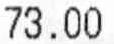
73.00